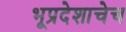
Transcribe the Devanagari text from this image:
भूप्रदेशाचेच